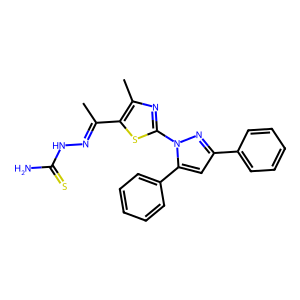
SMILES: CC(=NNC(N)=S)c1sc(-n2nc(-c3ccccc3)cc2-c2ccccc2)nc1C
Inhibits HIV replication: No